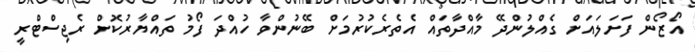
އޯޒޯން ފަށަލައަށް ގެއްލުންދޭ މާއްދާތައް އެތެރެކުރުމަށް ބޭނުންވާ ހުއްދަ ފޯމު ތައްޔާރުކޮށް ރެޖިސްޓްރީ